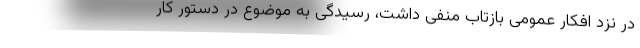
در نزد افکار عمومی بازتاب منفی داشت، رسیدگی به موضوع در دستور کار